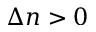
\Delta n > 0